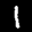
Label: 1